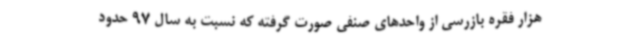
هزار فقره بازرسی از واحدهای صنفی صورت گرفته که نسبت به سال 97 حدود